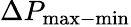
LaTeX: \Delta P_{\mathrm{max-min}}